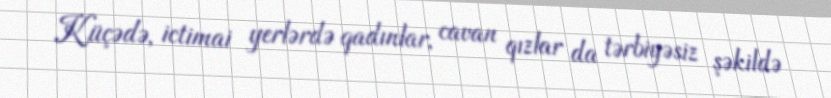
Küçədə, ictimai yerlərdə qadınlar, cavan qızlar da tərbiyəsiz şəkildə